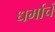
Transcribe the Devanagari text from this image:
धर्माचें